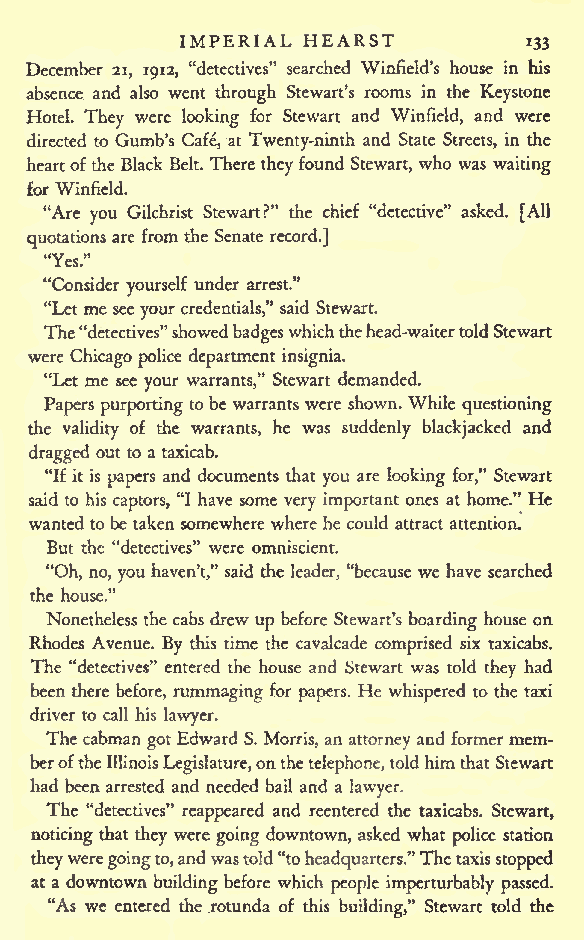
IMPERIAL HEARST
 133
 December 21, 1912, "detectives" searched Winfield's house in his
 absence and also went through Stewart's rooms in the Keystone
 Hotel. They were looking for Stewart and Winfield, and were
 directed to Gumb's Cafe, at Twenty-ninth and State Streets, in the
 heartof the Black Belt. There theyfound Stewart, who was waiting
 for Winfield.
 "Are you Gilchrist Stewart?" the chief "detective" asked. [All
 quotations are from the Senate record.]
 "Yes."
 "Consider yourself under arrest."
 "Let me seeyour credentials," said Stewart.
 The"detectives"showed badgeswhichthehead-waitertoldStewart
 were Chicagopolice department insignia.
 "Let me see your warrants," Stewart demanded.
 Papers purporting tobe warrants were shown. While questioning
 the validity of the warrants, he was suddenly blackjacked and
 dragged out to a taxicab.
 "If it is papers and documents that you are looking for," Stewart
 said to his captors, "I have some very important ones at home." He
 wanted tobe taken somewhere where he could attract attention.
 But the "detectives" were omniscient.
 "Oh, no, you haven't," said the leader, "because we have searched
 the house."
 Nonetheless the cabs drew up before Stewart's boarding house on
 Rhodes Avenue. By this time the cavalcade comprised six taxicabs.
 The "detectives" entered the house and Stewart was told they had
 been there before, rummaging for papers. He whispered to the taxi
 driver to call his lawyer.
 Thecabman gotEdward S. Morris, an attorney and former mem-
 beroftheIllinoisLegislature,onthetelephone,toldhimthat Stewart
 had been arrested and needed bail and a lawyer.
 The "detectives" reappeared and reentered the taxicabs. Stewart,
 noticing that they were goingdowntown, asked what police station
 theyweregoingto,andwastold"toheadquarters."Thetaxisstopped
 at a downtown building before which people imperturbably passed.
 "As we entered the rotunda of this building," Stewart told the